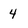
Character: 4